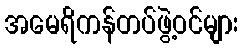
အမေရိကန်တပ်ဖွဲ့ဝင်များ